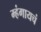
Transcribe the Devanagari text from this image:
म्हंगायचं